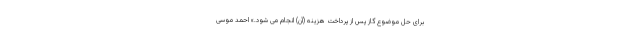
برای حل موضوع گاز پس از پرداخت هزینه (آن) انجام می شود.» احمد موسی